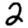
Digit: 2